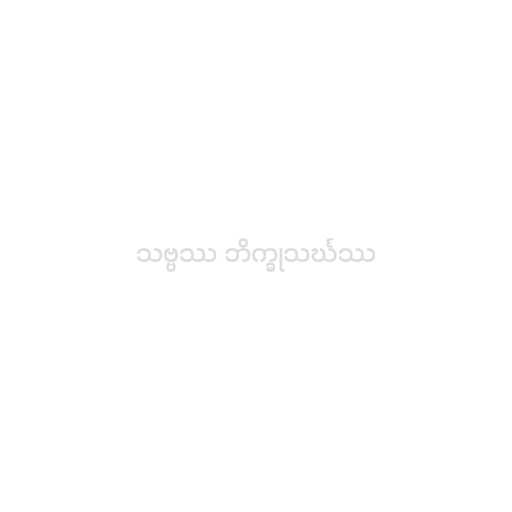
သဗ္ဗဿ ဘိက္ခုသင်္ဃဿ